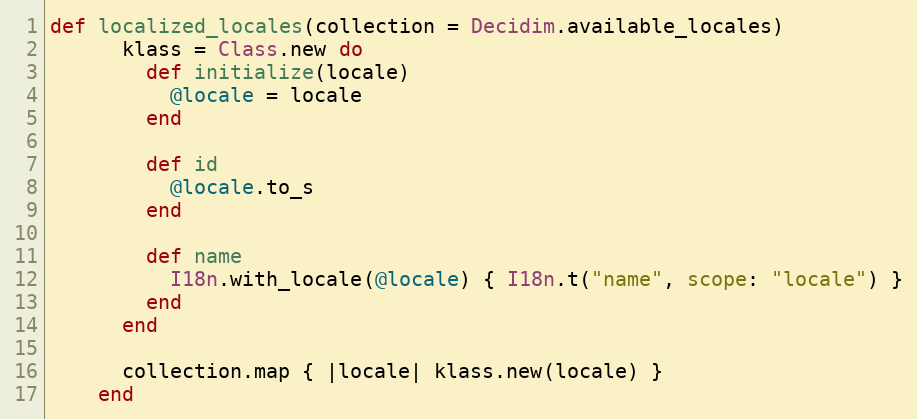
Language: Ruby
def localized_locales(collection = Decidim.available_locales)
      klass = Class.new do
        def initialize(locale)
          @locale = locale
        end

        def id
          @locale.to_s
        end

        def name
          I18n.with_locale(@locale) { I18n.t("name", scope: "locale") }
        end
      end

      collection.map { |locale| klass.new(locale) }
    end